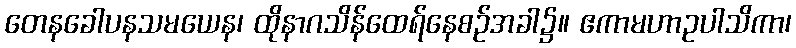
တေနခေါပနသမယေန၊ ထိုနာဂသိန်ထေရ်နေစဉ်အခါ၌။ ဧကာမဟာဥပါသိကာ၊